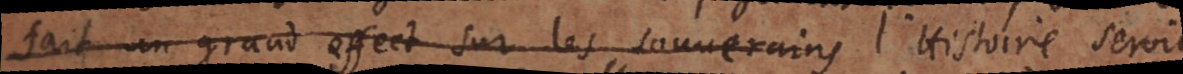
fait un grand effect sur les souverains je croy